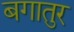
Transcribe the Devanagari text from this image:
बगातुर